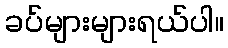
ခပ်များများရယ်ပါ။